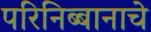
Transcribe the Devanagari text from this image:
परिनिब्बानाचे